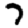
Digit: 7